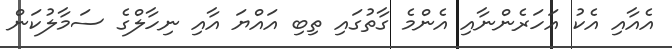
އެއާއި އެކު އަހަރެންނާއި އެންމެ ގާތުގައި ތިބި އައްޔަ އާއި ނިހާލްގެ ސަމާލުކަން